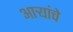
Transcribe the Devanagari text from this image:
आर्‍यांचे